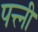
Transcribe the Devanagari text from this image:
पत्त्नी